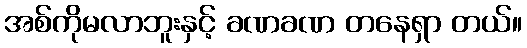
အစ်ကိုမလာဘူးနှင့် ခဏခဏ တနေရှာ တယ်။